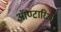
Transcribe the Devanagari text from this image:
ऑण्टारिओ